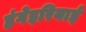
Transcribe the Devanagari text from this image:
हंगेइरियाई